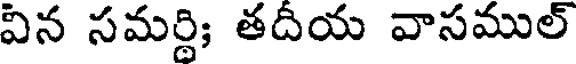
విన సమర్థి; తదీయ వాసముల్